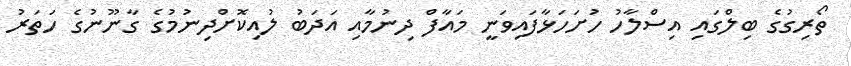
ތޯރިގުގެ ބިލްގައި އިސްލާހު ހުށަހަޅާފައިވަނީ މައާފް ދިނުމާއި އަދަބު ލުއިކޮށްދިނުމުގެ ގާނޫނުގެ ހަތަރު